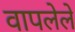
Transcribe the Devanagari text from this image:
वापलेले